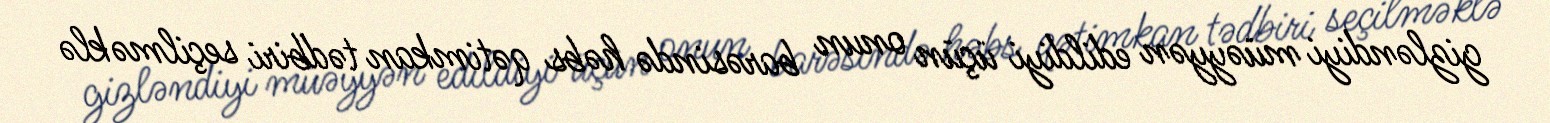
gizləndiyi müəyyən edildiyi üçün onun barəsində həbs qətimkan tədbiri seçilməklə